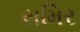
સમિર